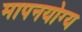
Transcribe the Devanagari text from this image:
मापनयोग्य